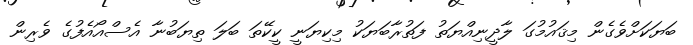
ބަޔަކަށްވެގެން މިޤައުމުގަ ލާދީނިއްޔަތު ފަތުރާބަޔަކު މިކިޔަނީ ކީކޭތަ ބަލަ ތިޔަބުނާ އެސްއޯއެފުގެ ވެރިން